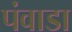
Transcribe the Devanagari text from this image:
पंवाडा